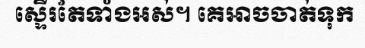
ស្ទើរតែទាំងអស់។ គេអាចចាត់ទុក